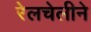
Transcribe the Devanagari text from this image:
रेलचेलीने